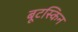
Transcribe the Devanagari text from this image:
बूटस्किन